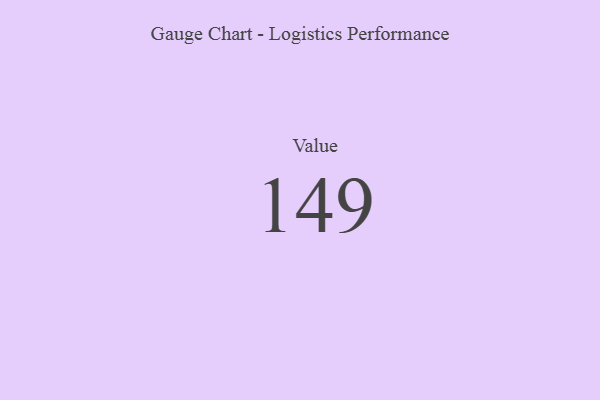
{"axis": {"x": "Metric", "y": "Value"}, "legend": [""], "data": [{"x": "Value", "y": 149, "type": ""}]}